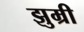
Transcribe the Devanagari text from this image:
झुम्री